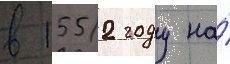
в 1552 году на́